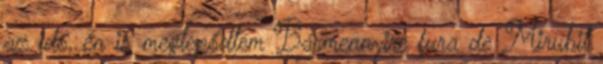
az idő, én is meglepődtem Bármennyire fura de Mirubit